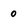
Character: 0